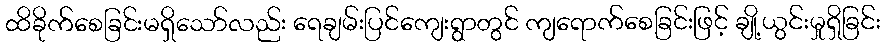
ထိခိုက်စေခြင်းမရှိသော်လည်း ရေချမ်းပြင်ကျေးရွာတွင် ကျရောက်စေခြင်းဖြင့် ချို့ယွင်းမှုရှိခြင်း